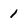
Character: 1